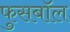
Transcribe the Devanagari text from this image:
फुसबॉल